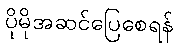
ပိုမိုအဆင်ပြေစေရန်